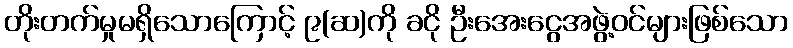
တိုးတက်မှုမရှိသောကြောင့် ၉(ဆ)ကို ခငို ဦးအေးငွေအဖွဲ့ဝင်များဖြစ်သော